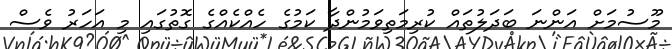
މޫސުމަށް އަންނަ ބަދަލުތައް ކުރިމަތިވަމުންދާ ކަމުގެ ހެއްކެއްގެ ގޮތުގައި މި އަހަރު ވެސް